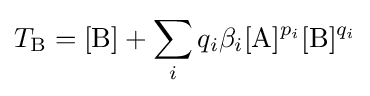
T_{\mathrm {B} }=[\mathrm {B} ]+\sum _{i}q_{i}\beta _{i}[\mathrm {A} ]^{p_{i}}[\mathrm {B} ]^{q_{i}}